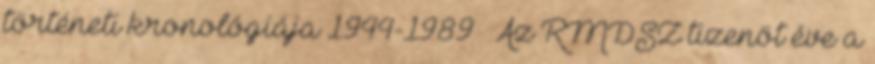
történeti kronológiája 1944-1989 » Az RMDSZ tizenöt éve a